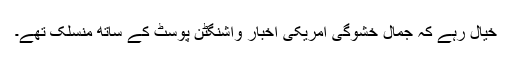
خیال رہے کہ جمال خشوگی امریکی اخبار واشنگٹن پوسٹ کے ساتھ منسلک تھے۔